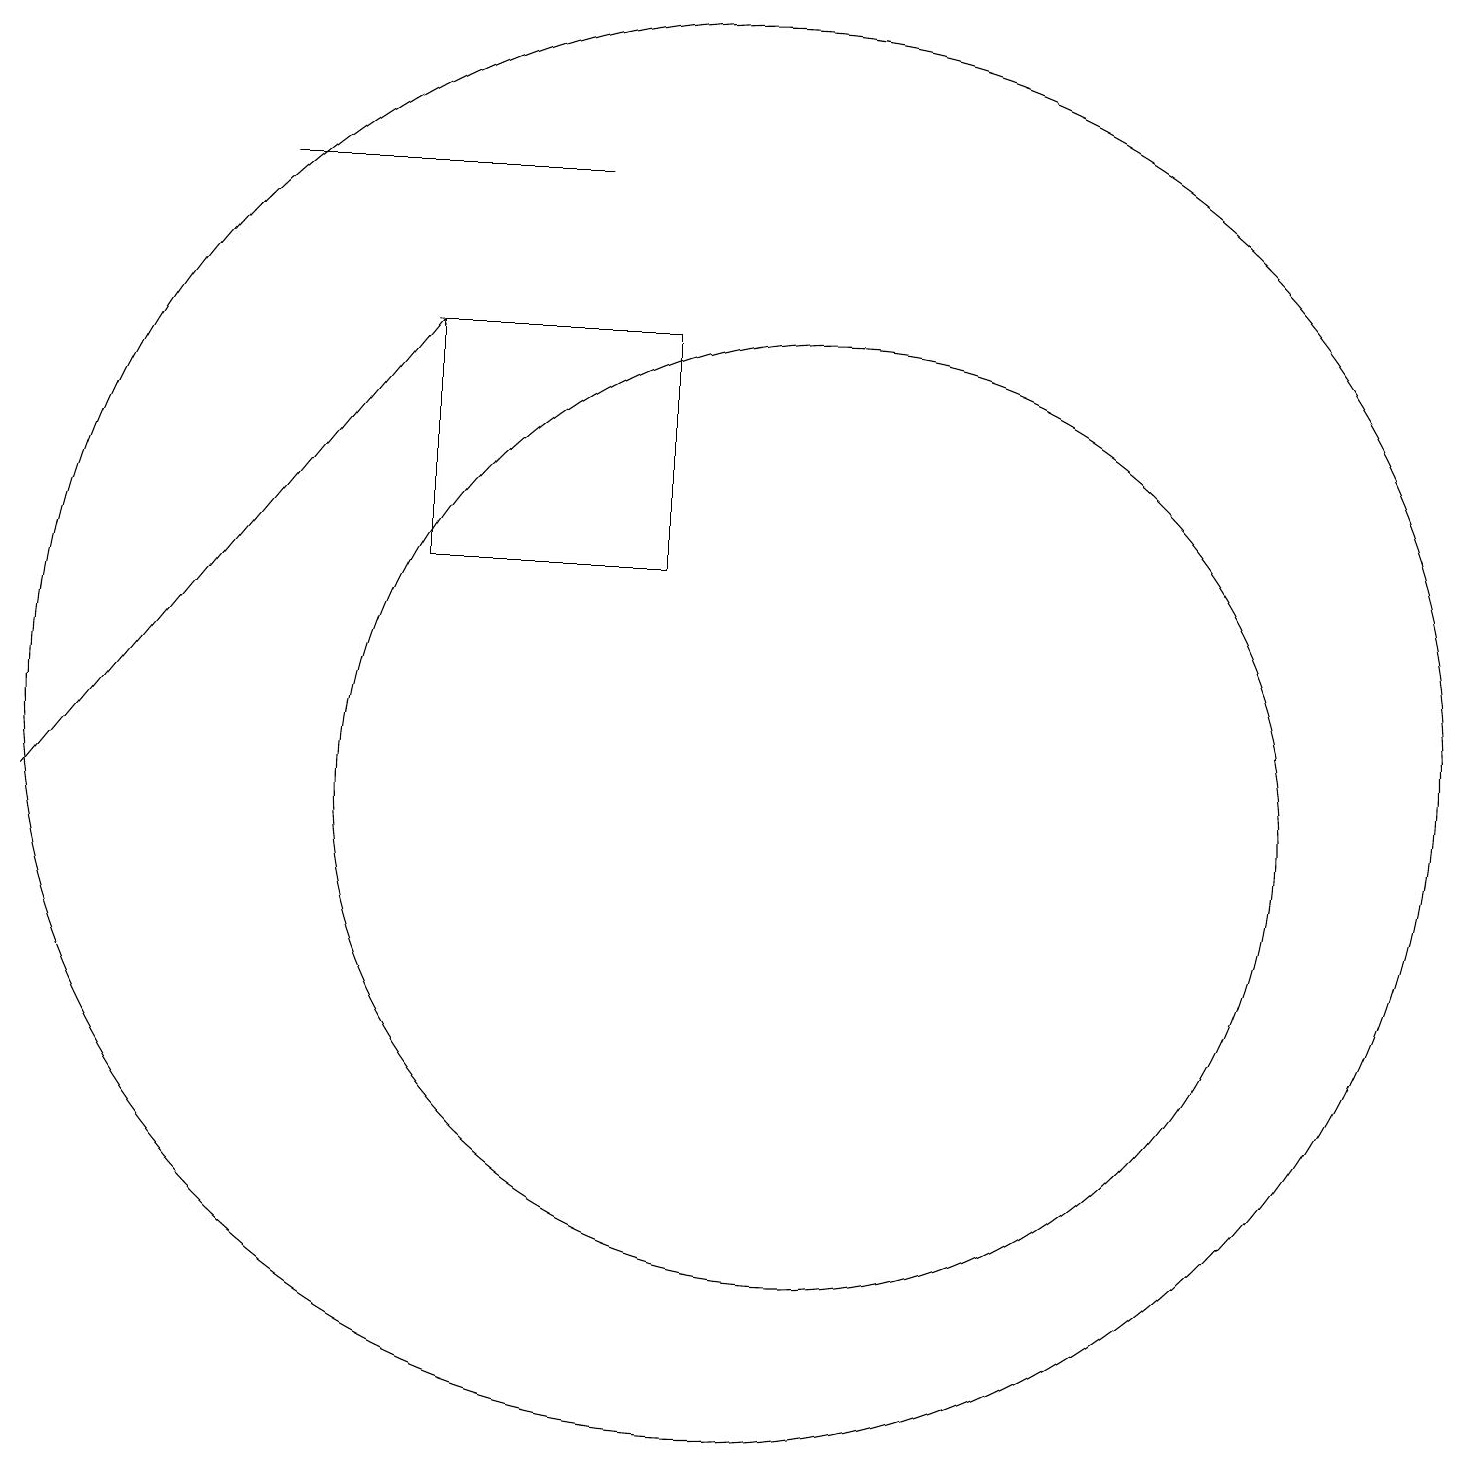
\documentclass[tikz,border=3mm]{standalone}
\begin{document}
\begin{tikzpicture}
\draw (6,14) rectangle (9,17);
\draw (10,12) circle (9);
\draw[->] (1,11) -- (6,17);
\draw (11,11) circle (6);
\draw (8,19) rectangle (4,19);
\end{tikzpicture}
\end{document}